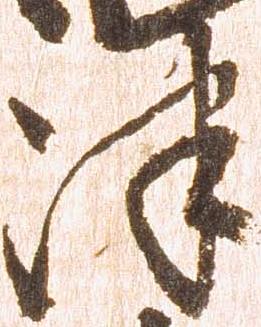
津